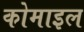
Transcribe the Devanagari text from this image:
कोमाइल